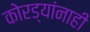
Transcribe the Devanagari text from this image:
कोरड्यांनाही